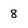
Character: 8